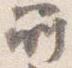
所